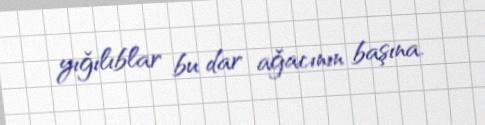
yığılıblar bu dar ağacının başına.